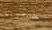
خجولة